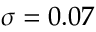
\sigma = 0 . 0 7